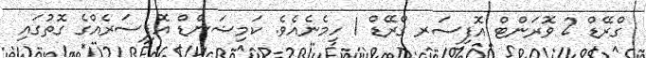
ގްރޭޑް 2 ވޮރަންޓް އޮފިސަރ ގްރޭޑް 1 ހިމެނެއެވެ. ކަމިޝަންޑް އޮފިސަރެއްގެ ގޮތުގައި